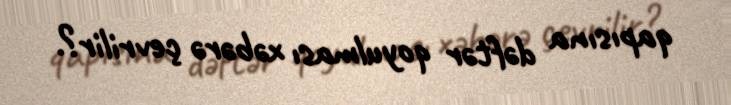
qapısına dəftər qoyulması xəbərə çevrilir?.